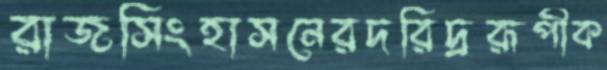
রাজসিংহাসনেরদরিদ্ররূপীক